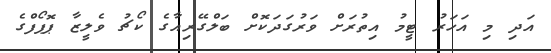
އަދި މި އަހަރު ޓީމު އިތުރަށް ވަރުގަދަކޮށް ބަލްގޭރިއާގެ ކޯޗު ވެލީޒާ ޕޮޕޯފްގެ